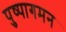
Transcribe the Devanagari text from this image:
पुष्पागमन